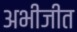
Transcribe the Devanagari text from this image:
अभीजीत